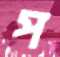
প